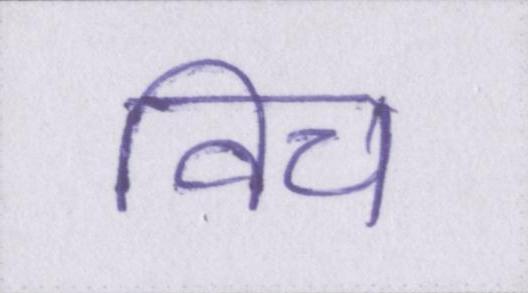
विच